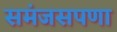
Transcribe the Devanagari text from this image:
समंजसपणा